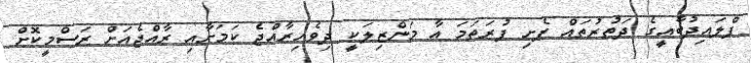
ފްލައިދުބާއީގެ ދަތުރުތައް ފެށި ފުރަތަމަ އާ މަންޒިލަކީ ދިވެހިރާއްޖެ ކަމަށާއި ރާއްޖެއަށް ރަސްމީކޮށް